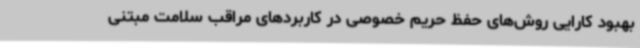
بهبود کارایی روش‌های حفظ حریم خصوصی در کاربردهای مراقب سلامت مبتنی